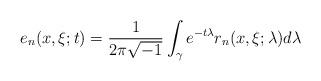
LaTeX: \begin{align*}e_n(x,\xi;t)=\frac1{2\pi\sqrt{-1}}\int_\gamma e^{-t\lambda}r_n(x,\xi;\lambda)d\lambda\end{align*}